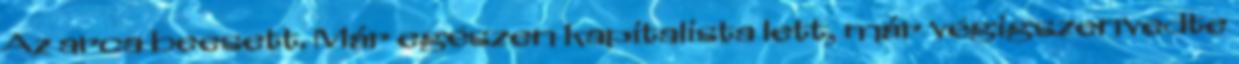
Az arca beesett. Már egészen kapitalista lett, már végigszenvedte